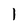
Character: 1